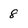
Character: 8